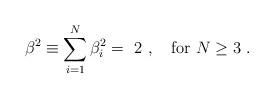
LaTeX: \begin{align*}\beta^2 \equiv \sum_{i=1}^N {\beta}^2_i = \ 2 \ , ~~~ {\rm for} \ N \ge 3 \ .\end{align*}